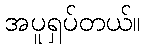
အပူရှပ်တယ်။